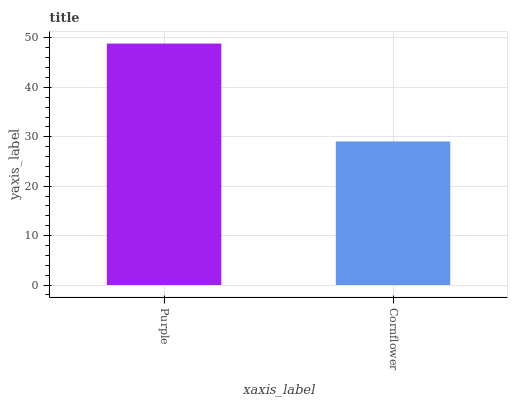
| xaxis_label | bars |
 | --- | --- |
 | Purple | 48.9 |
 | Cornflower | 29.1 |